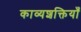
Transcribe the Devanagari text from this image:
काव्यशक्तियाँ